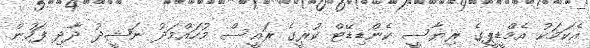
އެކަމަކު އެމްޑީޕީގެ ރިޔާސީ ކެންޑިޑޭޓް ކުރީގެ ރައީސް މުހައްމަދު ނަޝީދު ދާދި ފަހުން